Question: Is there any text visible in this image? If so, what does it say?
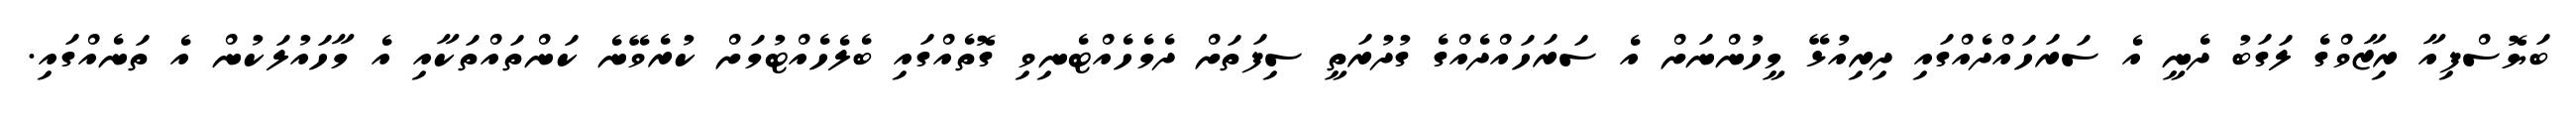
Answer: ބަޔޮސްފިއާ ރިޒާވްގެ ލަގަބު ދެނީ އެ ސަރަހައްދެއްގައި ދިރިއުޅޭ މީހުންނަށް އެ ސަރަހައްދެއްގެ ގުދުރަތީ ސިފަތަށް ދެމެހެއްޓެނިވި ގޮތެއްގައި ބެލެހެއްޓުމަށް ކުރެވޭނެ ކަންތައްތަކާއި އެ މާހައުލަކުން އެ ތަނެއްގައި.